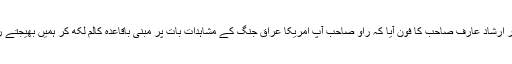
اگلے ہی روز مجھے نظامی صاحب اور ارشاد عارف صاحب کا فون آیا کہ راؤ صاحب آپ امریکا عراق جنگ کے مشاہدات بات پر مبنی باقاعدہ کالم لکھ کر ہمیں بھیجتے رہیں، ہم نے ترتیب وار شایع کریں گے۔